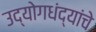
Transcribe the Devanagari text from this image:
उद्योगधंद्यांचे